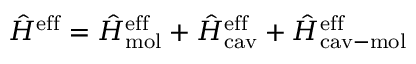
\hat { H } ^ { \mathrm { e f f } } = \hat { H } _ { \mathrm { m o l } } ^ { \mathrm { e f f } } + \hat { H } _ { \mathrm { c a v } } ^ { \mathrm { e f f } } + \hat { H } _ { \mathrm { c a v - m o l } } ^ { \mathrm { e f f } }